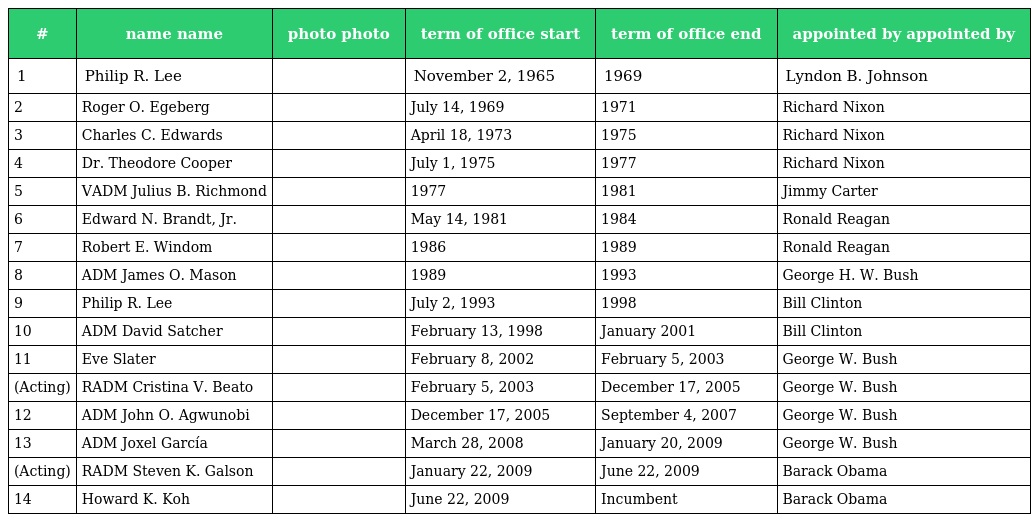
| # | name name | photo photo | term of office start | term of office end | appointed by appointed by |
 | --- | --- | --- | --- | --- | --- |
 | 1 | Philip R. Lee |  | November 2, 1965 | 1969 | Lyndon B. Johnson |
 | 2 | Roger O. Egeberg |  | July 14, 1969 | 1971 | Richard Nixon |
 | 3 | Charles C. Edwards |  | April 18, 1973 | 1975 | Richard Nixon |
 | 4 | Dr. Theodore Cooper |  | July 1, 1975 | 1977 | Richard Nixon |
 | 5 | VADM Julius B. Richmond |  | 1977 | 1981 | Jimmy Carter |
 | 6 | Edward N. Brandt, Jr. |  | May 14, 1981 | 1984 | Ronald Reagan |
 | 7 | Robert E. Windom |  | 1986 | 1989 | Ronald Reagan |
 | 8 | ADM James O. Mason |  | 1989 | 1993 | George H. W. Bush |
 | 9 | Philip R. Lee |  | July 2, 1993 | 1998 | Bill Clinton |
 | 10 | ADM David Satcher |  | February 13, 1998 | January 2001 | Bill Clinton |
 | 11 | Eve Slater |  | February 8, 2002 | February 5, 2003 | George W. Bush |
 | (Acting) | RADM Cristina V. Beato |  | February 5, 2003 | December 17, 2005 | George W. Bush |
 | 12 | ADM John O. Agwunobi |  | December 17, 2005 | September 4, 2007 | George W. Bush |
 | 13 | ADM Joxel García |  | March 28, 2008 | January 20, 2009 | George W. Bush |
 | (Acting) | RADM Steven K. Galson |  | January 22, 2009 | June 22, 2009 | Barack Obama |
 | 14 | Howard K. Koh |  | June 22, 2009 | Incumbent | Barack Obama |